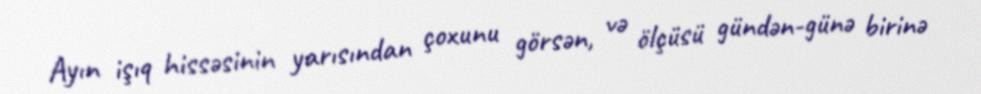
Ayın işıq hissəsinin yarısından çoxunu görsən, və ölçüsü gündən-günə birinə